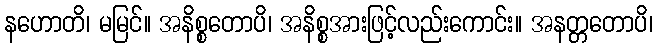
နဟောတိ၊ မမြင်။ အနိစ္စတောပိ၊ အနိစ္စအားဖြင့်လည်းကောင်း။ အနတ္တတောပိ၊